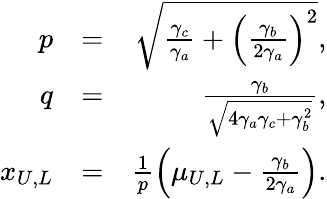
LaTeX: \begin{array}{rlr}{p}&{=}&{\sqrt{\frac{\gamma_{c}}{\gamma_{a}}+\left(\frac{\gamma_{b}}{2\gamma_{a}}\right)^{2}},}\\ {q}&{=}&{\frac{\gamma_{b}}{\sqrt{4\gamma_{a}\gamma_{c}+\gamma_{b}^{2}}},}\\ {x_{U,L}}&{=}&{\frac{1}{p}\left(\mu_{U,L}-\frac{\gamma_{b}}{2\gamma_{a}}\right).}\end{array}